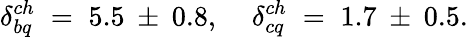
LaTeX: \delta_{bq}^{ch}\; =\; 5.5\: \pm\: 0.8,\; \; \; \; \delta_{cq}^{ch}\; =\; 1.7\: \pm\: 0.5.